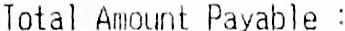
TOTAL AMOUNT PAYABLE :